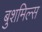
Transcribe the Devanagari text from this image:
बुशमिल्स